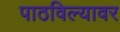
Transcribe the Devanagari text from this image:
पाठविल्यावर